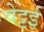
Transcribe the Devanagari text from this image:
वेट्टई